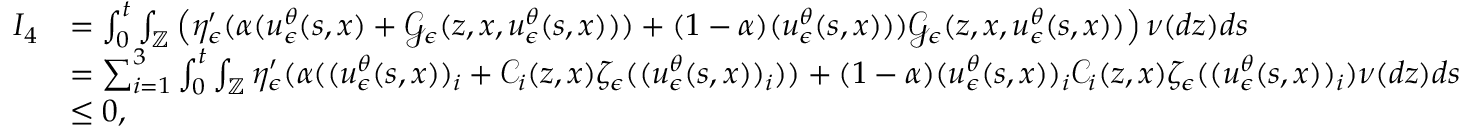
\begin{array} { r l } { I _ { 4 } } & { = \int _ { 0 } ^ { t } \int _ { \mathbb { Z } } \left( \eta _ { \epsilon } ^ { \prime } ( \alpha ( u _ { \epsilon } ^ { \theta } ( s , x ) + \mathcal { G } _ { \epsilon } ( z , x , u _ { \epsilon } ^ { \theta } ( s , x ) ) ) + ( 1 - \alpha ) ( u _ { \epsilon } ^ { \theta } ( s , x ) ) ) \mathcal { G } _ { \epsilon } ( z , x , u _ { \epsilon } ^ { \theta } ( s , x ) ) \right) \nu ( d z ) d s } \\ & { = \sum _ { i = 1 } ^ { 3 } \int _ { 0 } ^ { t } \int _ { \mathbb { Z } } \eta _ { \epsilon } ^ { \prime } ( \alpha ( ( u _ { \epsilon } ^ { \theta } ( s , x ) ) _ { i } + \mathcal { C } _ { i } ( z , x ) \zeta _ { \epsilon } ( ( u _ { \epsilon } ^ { \theta } ( s , x ) ) _ { i } ) ) + ( 1 - \alpha ) ( u _ { \epsilon } ^ { \theta } ( s , x ) ) _ { i } \mathcal { C } _ { i } ( z , x ) \zeta _ { \epsilon } ( ( u _ { \epsilon } ^ { \theta } ( s , x ) ) _ { i } ) \nu ( d z ) d s } \\ & { \leq 0 , } \end{array}